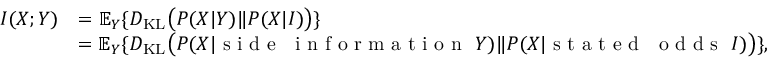
{ \begin{array} { r l } { I ( X ; Y ) } & { = \mathbb { E } _ { Y } \{ D _ { \mathrm { K L } } { \big ( } P ( X | Y ) \| P ( X | I ) { \big ) } \} } \\ & { = \mathbb { E } _ { Y } \{ D _ { \mathrm { K L } } { \big ( } P ( X | { \textrm { s i d e } } \ { \textrm { i n f o r m a t i o n } } \ Y ) \| P ( X | { \textrm { s t a t e d } } \ { \textrm { o d d s } } \ I ) { \big ) } \} , } \end{array} }